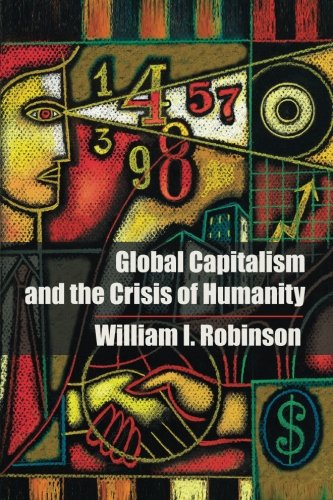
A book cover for Global Capitalism and the Crisis of Humanity; William I. Robinson; Business & Money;